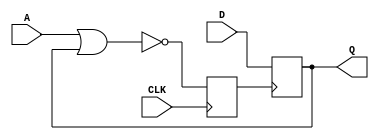
module AMOD(D,A,CLK,Q);
	output Q; 
	input A,D,CLK;
	reg Q,Q1;
	always@(posedge CLK) Q1=~(A|Q);
	always@(posedge Q1) Q<=D;
endmodule